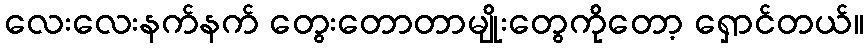
လေးလေးနက်နက် တွေးတောတာမျိုးတွေကိုတော့ ရှောင်တယ်။